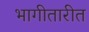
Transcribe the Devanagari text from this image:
भागीतारीत